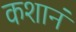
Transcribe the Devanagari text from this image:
कशानं